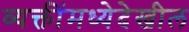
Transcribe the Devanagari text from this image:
व्यक्तींमध्येदेखील